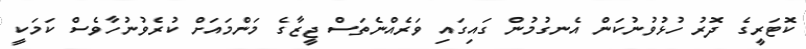
ކޮޓަރީގެ ދޮރު ހުޅުވުނުކަން އެނގުމުން ގައިގައި ވަރެއްނެތަސް ޖީޒާގެ މަންމައަށް ކުރެވުނުހާވެސް ކަމަކީ